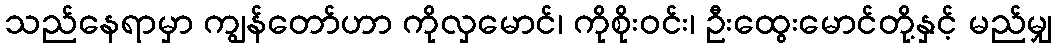
သည်နေရာမှာ ကျွန်တော်ဟာ ကိုလှမောင်၊ ကိုစိုးဝင်း၊ ဦးထွေးမောင်တို့နှင့် မည်မျှ